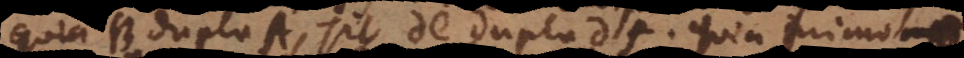
quia B [duplum] A, sit de dupla df. Quia primo